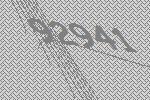
92941